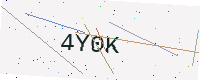
Text: 4Y0K